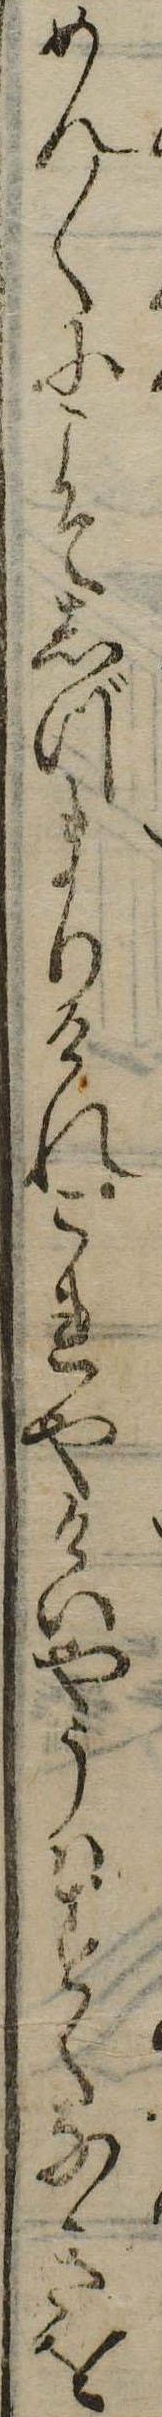
めん〱にこそしづまりけれこれやけいやうはすくなきを